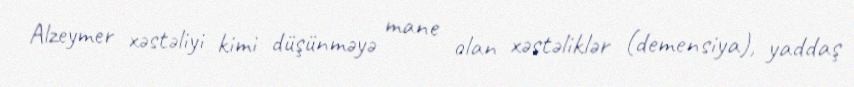
Alzeymer xəstəliyi kimi düşünməyə mane olan xəstəliklər (demensiya), yaddaş